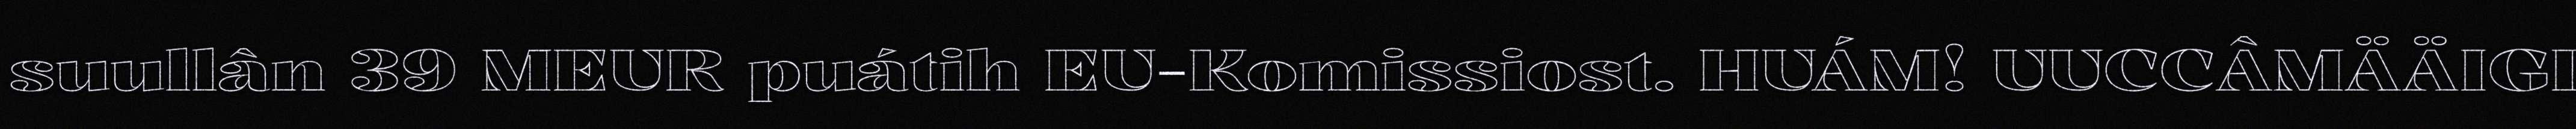
suullân 39 MEUR puátih EU-Komissiost. HUÁM! UUCCÂMÄÄIGI